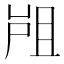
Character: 𡲂